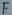
Text: F